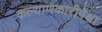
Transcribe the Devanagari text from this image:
कल्याणकारीपेक्षा